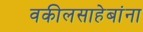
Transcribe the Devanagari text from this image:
वकीलसाहेबांना